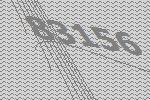
83156